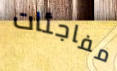
مفاجئات